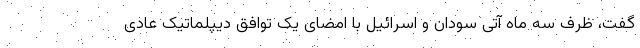
گفت، ظرف سه ماه آتی سودان و اسرائیل با امضای یک توافق دیپلماتیک عادی